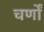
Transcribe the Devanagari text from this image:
चर्णों